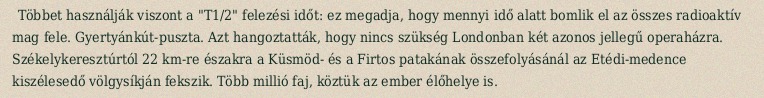
Többet használják viszont a "T1/2" felezési időt: ez megadja, hogy mennyi idő alatt bomlik el az összes radioaktív mag fele. Gyertyánkút-puszta. Azt hangoztatták, hogy nincs szükség Londonban két azonos jellegű operaházra. Székelykeresztúrtól 22 km-re északra a Küsmöd- és a Firtos patakának összefolyásánál az Etédi-medence kiszélesedő völgysíkján fekszik. Több millió faj, köztük az ember élőhelye is.